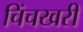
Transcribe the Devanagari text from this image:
चिंचखरी